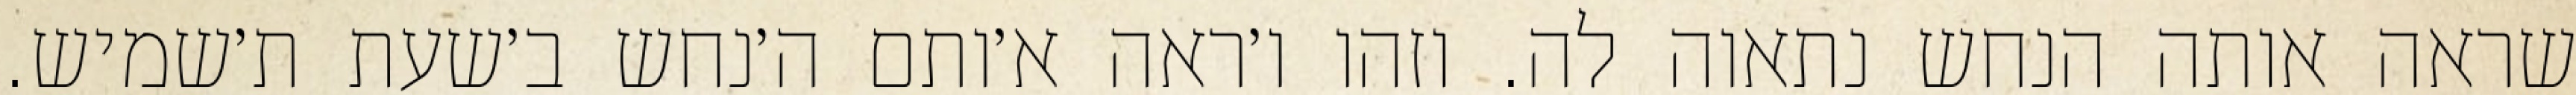
שראה אותה הנחש נתאוה לה. וזהו ו׳ראה א׳ותם ה׳נחש ב׳שעת ת׳שמיש.